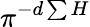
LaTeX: \pi^{-d\sum H}